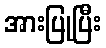
အားပြုပြီး